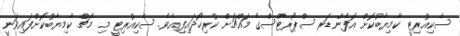
ސެކިއުރިޓީ ކާމިޔާބުކޮށް އޮފެންޑަރ ސްޕޯރޓްސްގެ މައްޗަށް ކުރިހޯދައިފިއެވެ. ސެކިއުރިޓީ މި މެޗް ކާމިޔާބުކޮށްފައިވަނީ